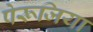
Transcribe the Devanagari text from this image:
पेरूजिया